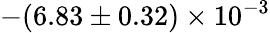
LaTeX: -(6.83\pm 0.32)\times 10^{-3}